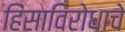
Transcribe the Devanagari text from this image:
हिंसाविरोधाचे